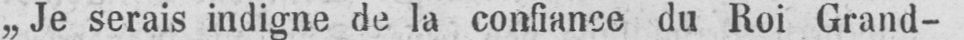
„Je serais indigne de la confiance du Roi Grand-